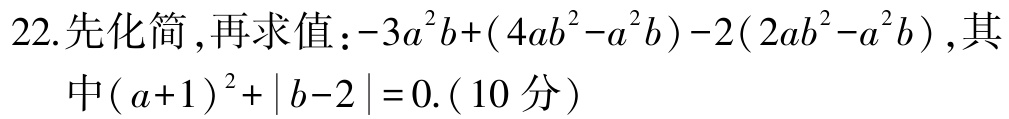
22.先化简 ,再求值：\(-3a^{2}b+(4ab^{2}-a^{2}b)-2(2ab^{2}-a^{2}b)\),其中\((a + 1)^{2}+|b - 2| = 0\).(10分）